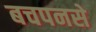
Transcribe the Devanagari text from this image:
बचपनसे